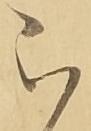
被